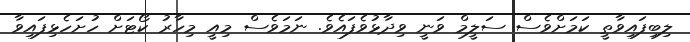
ލިބިފައިވާތީ ކަމަށްވެސް ސަލީމް ވަނީ ވިދާޅުވެފައެވެ. ނަމަވެސް މިއީ މިހާރު ކޯޓަށް ހުށަހެޅިފައިވާ